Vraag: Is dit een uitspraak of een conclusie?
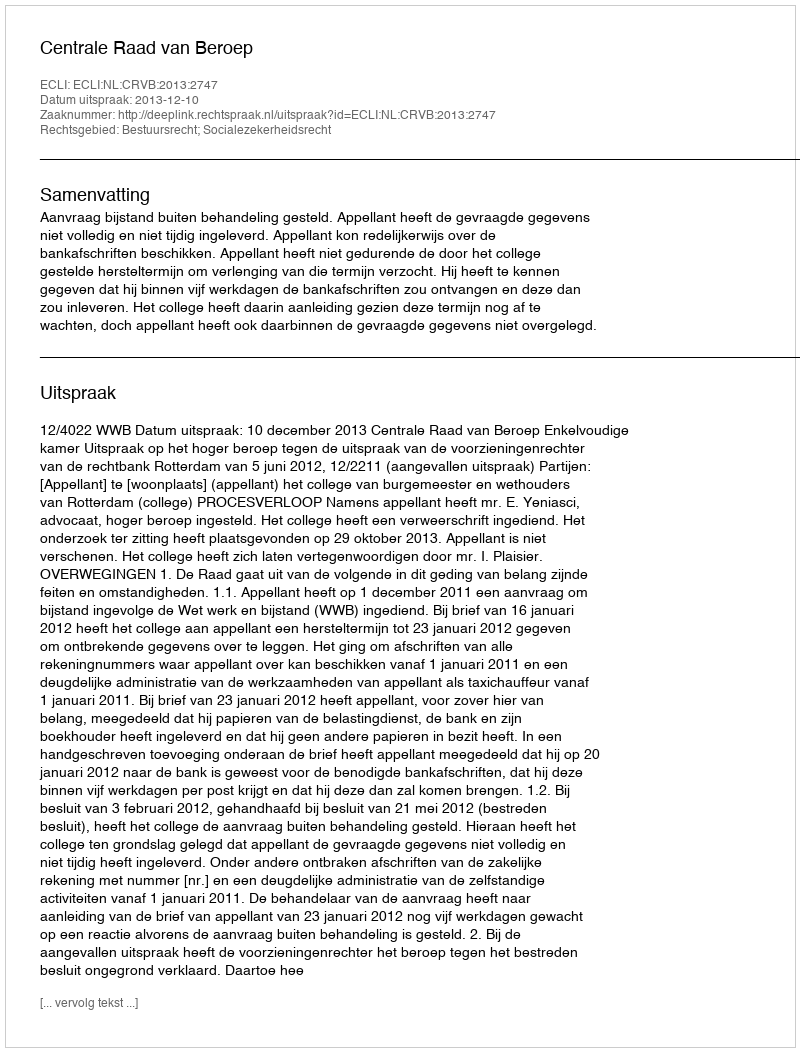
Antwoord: Uitspraak